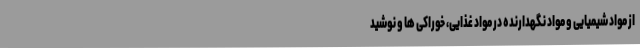
از مواد شیمیایی و مواد نگهدارنده در مواد غذایی، خوراکی ها و نوشید